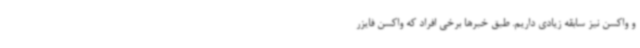
و واکسن نیز سابقه زیادی داریم. طبق خبرها برخی افراد که واکسن فایزر